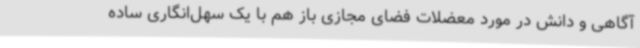
آگاهی و دانش در مورد معضلات فضای مجازی باز هم با یک سهل‌انگاری ساده